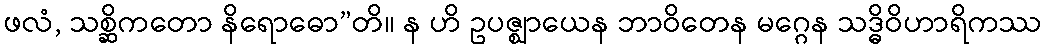
ဖလံ, သစ္ဆိကတော နိရောဓော”တိ။ န ဟိ ဥပဇ္ဈာယေန ဘာဝိတေန မဂ္ဂေန သဒ္ဓိဝိဟာရိကဿ